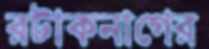
রটাকনাগের